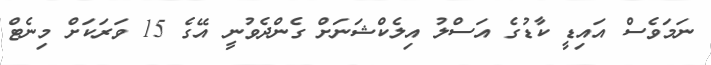
ނަމަވެސް އައިޑީ ކާޑުގެ އަސްލު އިލެކްޝަނަށް ގެންދެވުނީ އޭގެ 15 ވަރަކަށް މިނެޓް